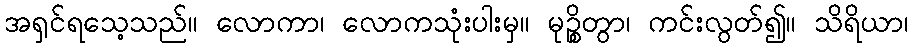
အရှင်ရသေ့သည်။ လောကာ၊ လောကသုံးပါးမှ။ မုဉ္စိတွာ၊ ကင်းလွတ်၍။ သိရိယာ၊